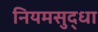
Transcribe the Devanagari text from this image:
नियमसुद्धा